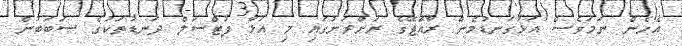
އެހެން ނަމަވެސް އަޅުގަނޑުމެން ރާއްޖޭގެ ރަށްރަށުގައި މި އަޅާ ފުޓްސަލް ދަނޑުތަކުގެ ސަަބަބުން